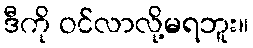
ဒီကို ဝင်လာလို့မရဘူး။